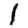
Digit: 1